Leaving Certificate Examination, 1914
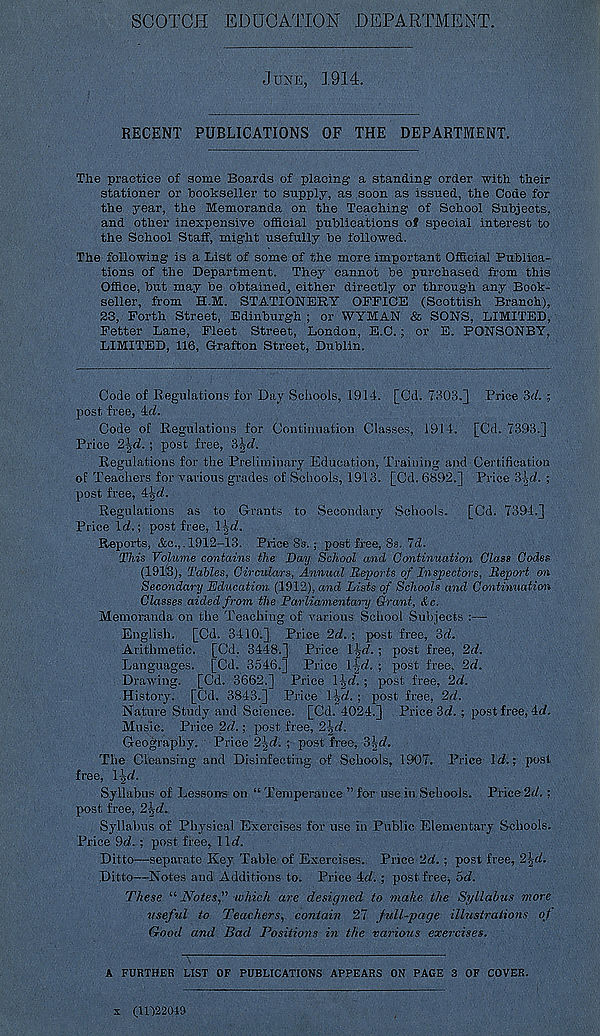
SCOTCH EDUCATION DEPARTMENT.
JUNE, 1914.
RECENT PUBLICATIONS OF THE DEPARTMENT.
The practice of some Boards of placing- a standing- order with their
stationer or bookseller to supply, as soon as issued, the Code for
the year, the Memoranda on the Teaching of School Subjects,
and other inexpensive official publications of special interest to
the School Staff, might usefully be followed.
The following is a List of some of the more important Official Publica-
tions of the Department. They cannot be purchased from this
Office, but may be obtained, either directly or through any Book-
seller, from H.M. STATIONERY OFFICE (Scottish Branch),
23, Forth Street, Edinburgh ; or WYMAN & SONS, LIMITED,
Fetter Lane, Fleet Street, London, E.C.; or E. PONSONBY,
LIMITED, 116, Grafton Street, Dublin.
Code of Regulations for Day Schools, 1914. [Cd. 7303.] Price Zd. ;
post free, 4(Z.
Code of Regulations for Continuation Classes, 1914, [Cd. 7393.]
Price 2\d. ; post free, 'A^d.
Regulations for the Preliminary Education, Training and Certification
of Teachers for Various grades of Schools, 1913. [Cd. 6892.] Price Sid. ;
post free, 4^d.
Regulations as to Grants to Secondary Schools. [Cd. 7394.]
Price Id.; post free, l^d.
Reports, &c.,. 1912-13. Price 8s, ; post free, 8s. 7d.
This Volume contains the Day School and Continuation Class Codes
(19lf3), Tables, Circulars, Annual Reports of Inspectors, Report on
Secondary Education (1912), and Lists of Schools and Continuatim
Classes aided from the Parliamentary Grant, &c.
Memoranda on the Teaching of various School Subjects :—
English. [Cd. 3410.] Price 2d. ; post free, 3d.
Arithmetic. [Cd. 3448.] Price Hd.; post free, 2d.
Languages. [Cd. 3546.] Price \\d. ; post free, 2d.
Drawing. [Cd. 3662.] Price l]rd. ; post free, 2d.
History. [Cd. 3843.] Price Rd. : post free, 2d.
Nature Study and Science. [Cd. 4024.] Price 3d. ; post free, 4d.
Music. Price 2d.; post free, 2\d.
Geography. Price 2jd. ; post free, 3|d.
The Cleansing and Disinfecting of Schools, 1907. Price Id.; post
free, \\d.
Syllabus of Lessons on “ Temperance ” for use in Schools. Price 2d.;
post free, 2^d.
Syllabus of Physical Exercises for use in Public Elementary Schools.
Price 9d. ; post free, lid.
Ditto—separate Key Table of Exercises. Price 2d. ; post free, 2^.
Ditto—Notes and Additions to. Price 4d. ; post free, 5d.
These “ Notes," -which are designed to make the Syllabus more
useful to Teachers, contain 27 full-page illustrations of
Good and Bad Positions in the various exercises.
A FURTHER LIST OF PURLICATIONS APPEARS ON PAGE 3 OF COVER.
x (11)22019